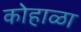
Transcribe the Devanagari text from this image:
कोहाळा